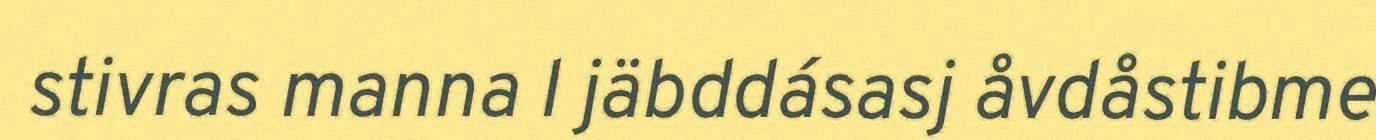
stivras manna l jäbddásasj åvdåstibme